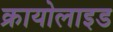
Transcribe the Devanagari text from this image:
क्रायोलाइड